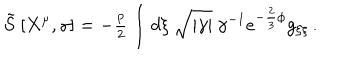
LaTeX: \tilde { S } \ [ X ^ { \mu } , \gamma ] = - { \textstyle \frac { p } { 2 } } \int d \xi \ \sqrt { | \gamma | } \ \gamma ^ { - 1 } e ^ { - \frac { 2 } { 3 } \phi } g _ { \xi \xi } \, .